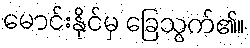
မောင်းနိုင်မှ ခြေသွက်၏။